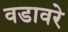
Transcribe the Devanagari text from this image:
वडावरे